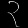
Digit: ၃